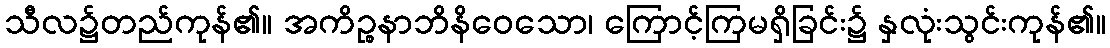
သီလ၌တည်ကုန်၏။ အကိဉ္စနာဘိနိဝေသော၊ ကြောင့်ကြမရှိခြင်း၌ နှလုံးသွင်းကုန်၏။